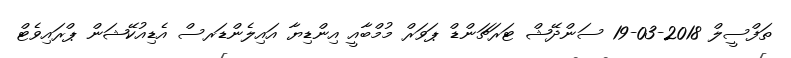
ތަފްސީލް 2018-03-19 ސަންދޭޝް ޓަރަޗަންޑް ޕަވަރް މުމްބާއީ އިންޑިޔާ އައިލެންޑަރސް އެޑިއުކޭޝަން ޕްރައިވެޓް